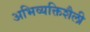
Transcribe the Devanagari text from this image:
अभिव्यक्तिशैली